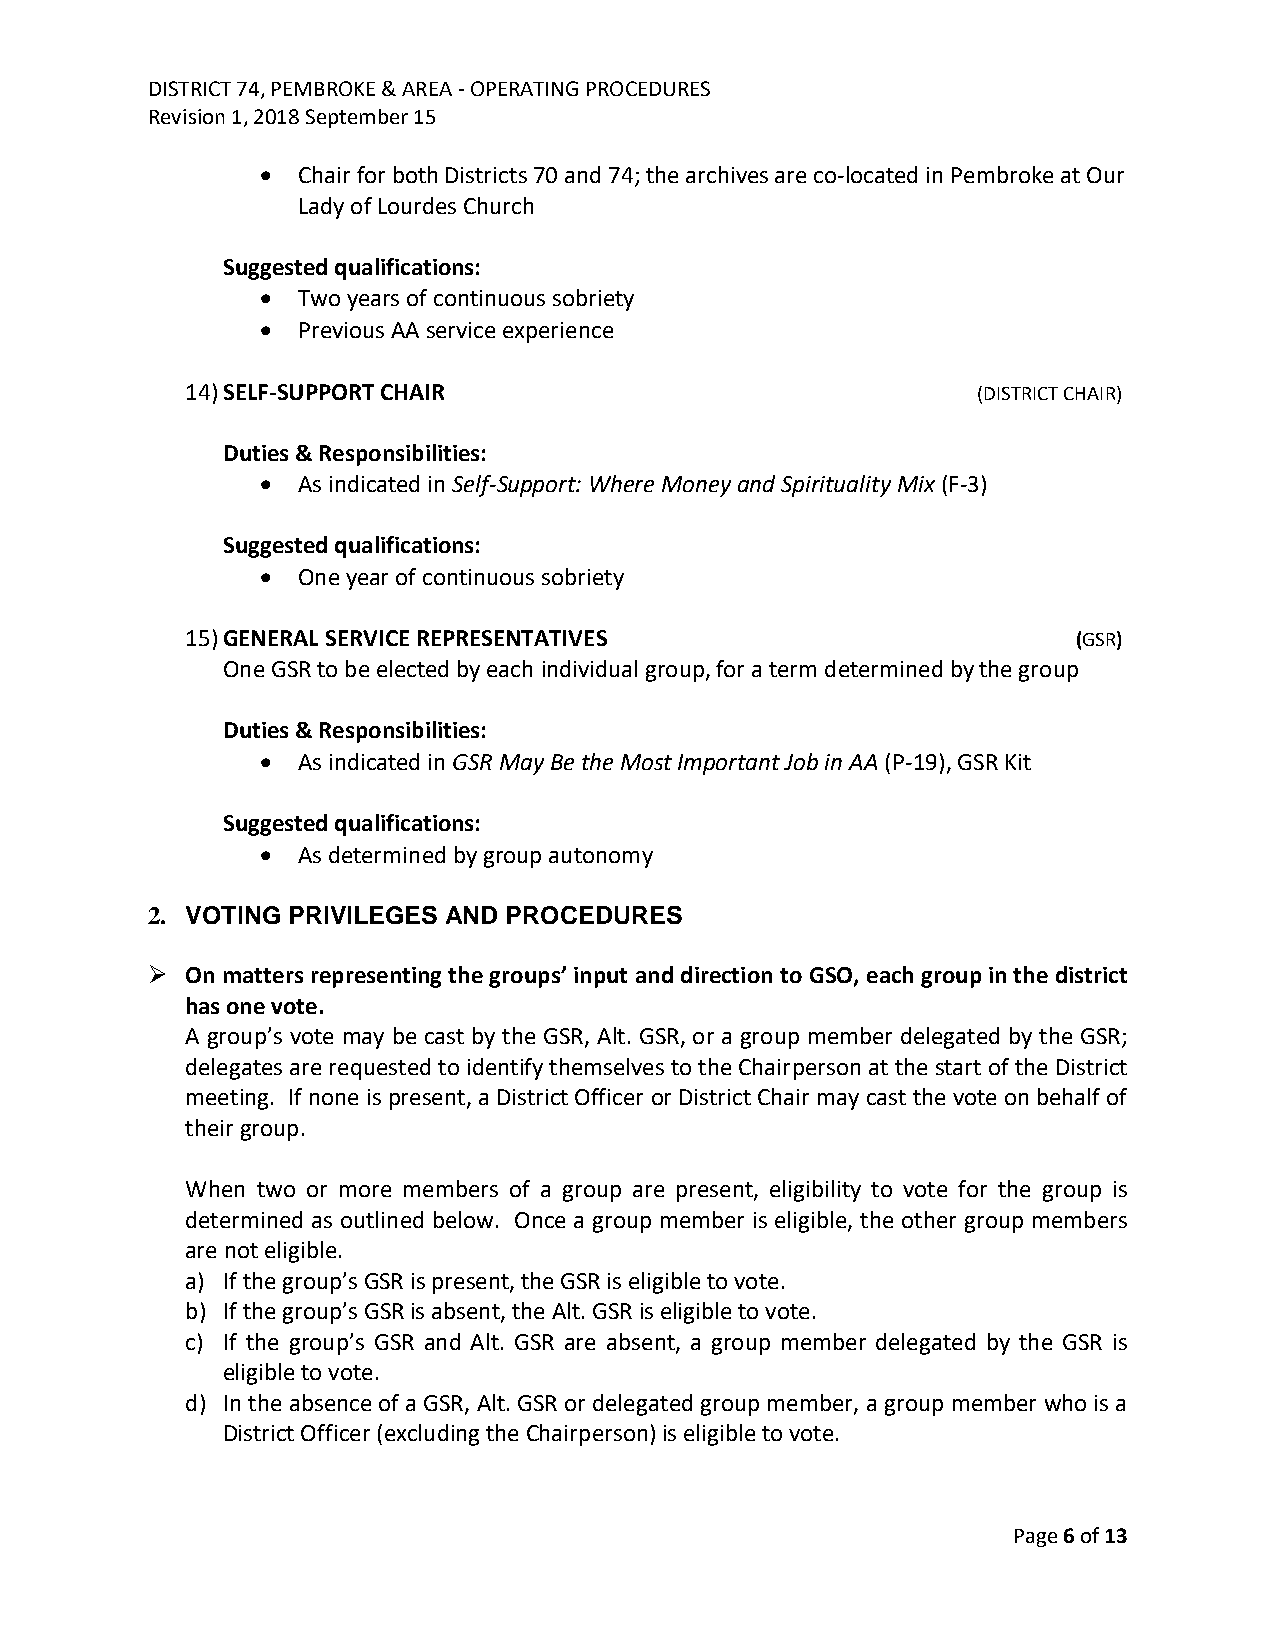
DISTRICT 74, PEMBROKE & AREA - OPERATING PROCEDURES
 Revision 1, 2018 September 15
 •  Chair for both Districts 70 and 74; the archives are co-located in Pembroke at Our
 Lady of Lourdes Church
 Suggested qualifications:
 •  Two years of continuous sobriety
 •  Previous AA service experience
 14) SELF-SUPPORT CHAIR                               (DISTRICT CHAIR)
 Duties & Responsibilities:
 •  As indicated in Self-Support: Where Money and Spirituality Mix (F-3)
 Suggested qualifications:
 •  One year of continuous sobriety
 15) GENERAL SERVICE REPRESENTATIVES                        (GSR)
 One GSR to be elected by each individual group, for a term determined by the group
 Duties & Responsibilities:
 •  As indicated in GSR May Be the Most Important Job in AA (P-19), GSR Kit
 Suggested qualifications:
 •  As determined by group autonomy
 2. VOTING PRIVILEGES AND PROCEDURES
 ➢ On matters representing the groups’ input and direction to GSO, each group in the district
 has one vote.
 A group’s vote may be cast by the GSR, Alt. GSR, or a group member delegated by the GSR;
 delegates are requested to identify themselves to the Chairperson at the start of the District
 meeting. If none is present, a District Officer or District Chair may cast the vote on behalf of
 their group.
 When two or more members of a group are present, eligibility to vote for the group is
 determined as outlined below. Once a group member is eligible, the other group members
 are not eligible.
 a) If the group’s GSR is present, the GSR is eligible to vote.
 b) If the group’s GSR is absent, the Alt. GSR is eligible to vote.
 c) If the group’s GSR and Alt. GSR are absent, a group member delegated by the GSR is
 eligible to vote.
 d) In the absence of a GSR, Alt. GSR or delegated group member, a group member who is a
 District Officer (excluding the Chairperson) is eligible to vote.
 Page 6 of 13